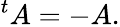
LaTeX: {}^{t}A=-A.